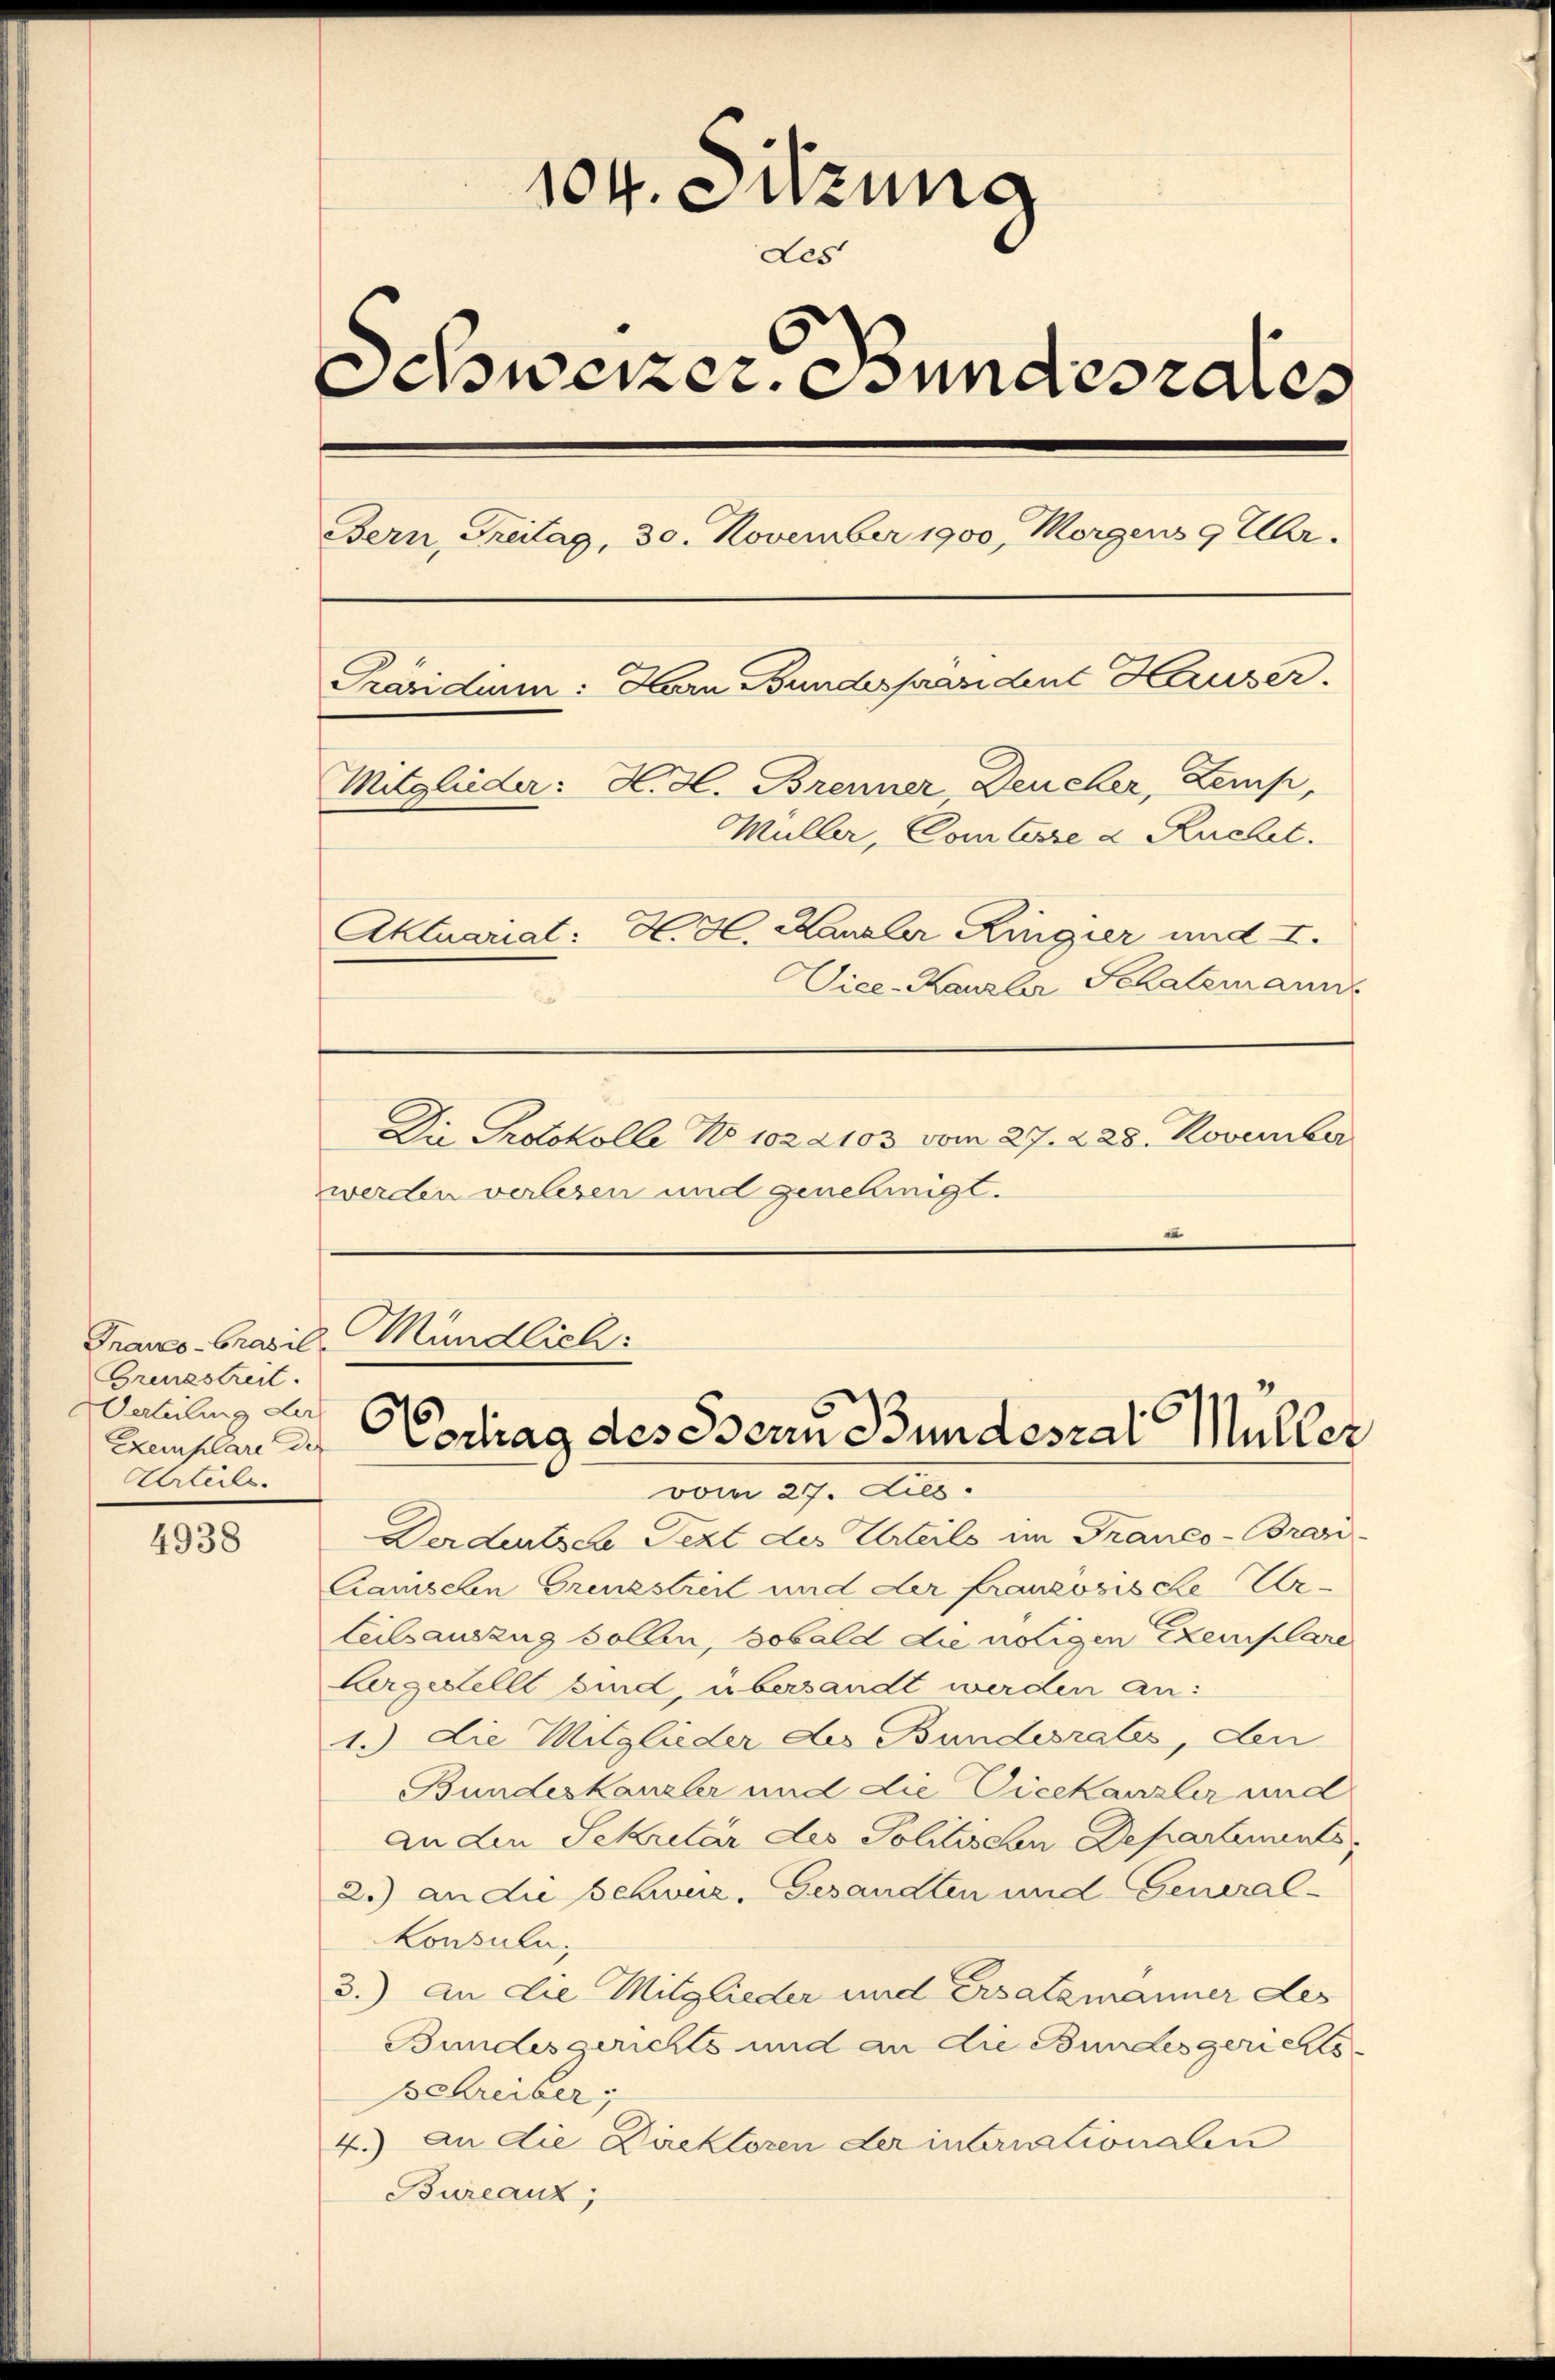
Franco-Grasil
Grenzstreit.
Verteilung der
Urteile.

4938

104. Sitzung
Les
Schweizer Bundesrates
Bern, Freitag, 30. November 1900, Morgens 9 Uhr.
Präsidium: Harn Bundesprandent Hauser.
Mitglieder: Hdl. Brenner Deucher, Zemp,
Müller, Comtesse d Ruchet.
Aktuariat: H. H. Kanzler Ringier und I.
Vice-Kanzler Schatzmann
Die Protokolle No 102 2103 vom 27. 228. November

werden verlesen und genehmigt.
u

vom 27. Dies
Derdeutsch Pezt des Urteils im Franco-Bran
Camischen Grenzstreit und der französische Ur-
teilsauszug sollen, sobald die nötigen Exemplare
Argestellt sind, übersandt werden an:
1.) Die Mitglieder der Bundesrates, den
Bundeskanzler und die Vicekanzler und
an den Sekretär des Politischen Departements
2.) an die Schweiz. Gesandten und General-
konsula
3.) An die Mitglieder und Ersatzmanner des
Bundesgerichts und an die Bundesgerichts
Schreiberg
4.) An die Direktoren der internationalen
Bureauz;

Mündlich:
Kunsten auf Vortrag des Bern Bundesrat Müller